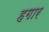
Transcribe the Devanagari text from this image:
हगार